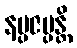
နပ္ပဇပ္ပန္တိ